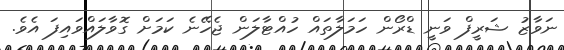
ނަވާޒު ޝަރީފް ވަނީ ޑްރޯން ހަމަލާތައް ހުއްޓާލަން ޖެހޭނެ ކަމަށް ގޮވާލައްވައިފަ އެވެ.